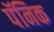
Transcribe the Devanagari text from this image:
पॅनिक